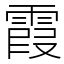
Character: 霞